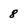
Character: 8